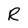
Character: R